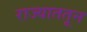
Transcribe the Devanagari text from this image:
राज्याततून